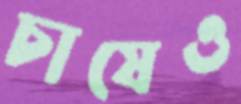
চাষেও